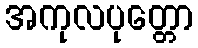
အကုလပုတ္တော